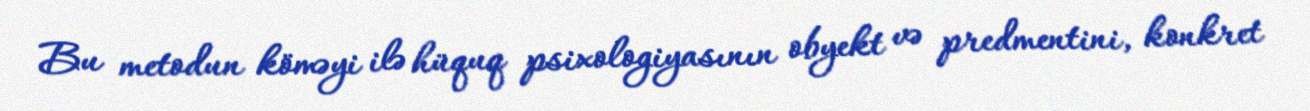
Bu metodun köməyi ilə hüquq psixologiyasının obyekt və predmentini, konkret